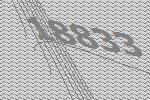
18833